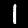
Label: 1